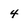
Character: 4